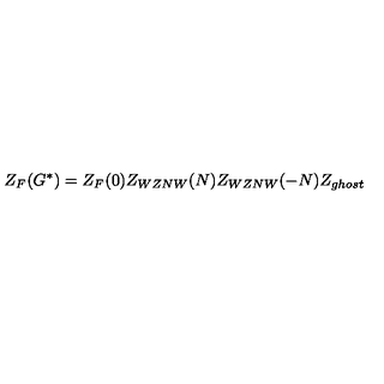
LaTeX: Z _ { F } ( G ^ { * } ) = Z _ { F } ( 0 ) Z _ { W Z N W } ( N ) Z _ { W Z N W } ( - N ) Z _ { g h o s t }